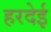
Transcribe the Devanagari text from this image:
हरदेई